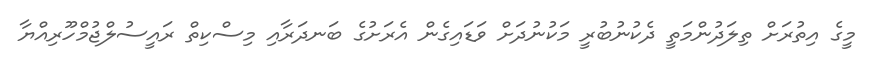
މީގެ އިތުރަށް ތިލަދުންމަތީ ދެކުނުބުރީ މަކުނުދަށް ވަޑައިގެން އެރަށުގެ ބަނދަރާއި މިސްކިތް ރައީސުލްޖުމްހޫރިއްޔާ